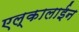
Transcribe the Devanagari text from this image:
एल्कालाईन